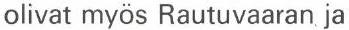
olivat myös Rautuvaaran ja